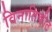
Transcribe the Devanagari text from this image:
विनातिकीट